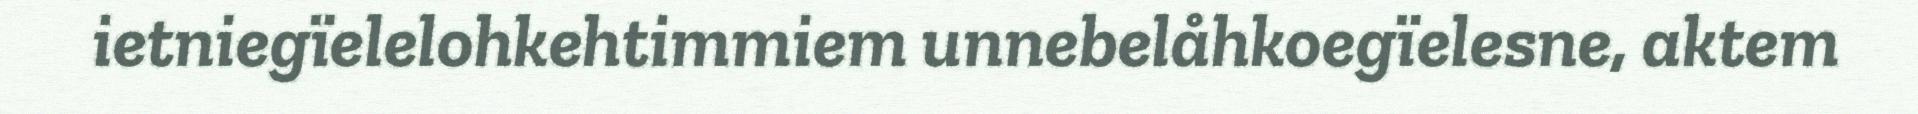
ietniegïelelohkehtimmiem unnebelåhkoegïelesne, aktem